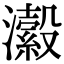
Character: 瀫